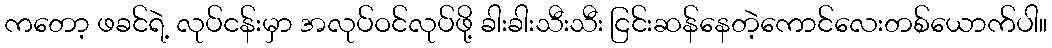
ကတော့ ဖခင်ရဲ့ လုပ်ငန်းမှာ အလုပ်ဝင်လုပ်ဖို့ ခါးခါးသီးသီး ငြင်းဆန်နေတဲ့ကောင်လေးတစ်ယောက်ပါ။